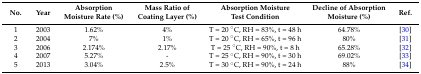
| No. | Year | Absorption Moisture Rate (%) | Mass Ratio of Coating Layer (%) | Absorption Moisture Test Condition | Decline of Absorption Moisture (%) | Ref. |
 | --- | --- | --- | --- | --- | --- | --- |
 | 1 | 2003 | 1.62% | 4% | T = 20 °C, RH = 83%, t = 48 h | 64.78% | [30] |
 | 2 | 2004 | 7% | 1% | T = 20 °C, RH = 65%, t = 96 h | 80% | [31] |
 | 3 | 2006 | 2.174% | 2.17% | T = 25 °C, RH = 90%, t = 8 h | 65.28% | [32] |
 | 4 | 2007 | 5.27% | - | T = 25 °C, RH = 90%, t = 30 h | 69.02% | [33] |
 | 5 | 2013 | 3.04% | 2.5% | T = 30 °C, RH = 90%, t = 24 h | 88% | [34] |